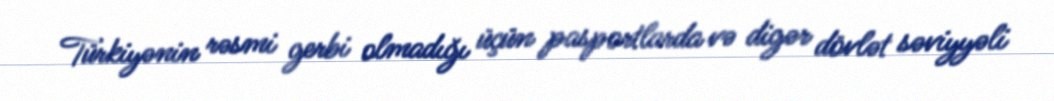
Türkiyənin rəsmi gerbi olmadığı üçün pasportlarda və digər dövlət səviyyəli